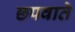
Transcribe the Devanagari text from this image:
छपवाते